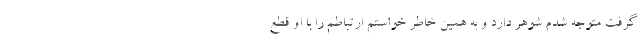
گرفت متوجه شدم شوهر دارد و به همین خاطر خواستم ارتباطم را با او قطع